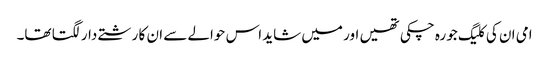
امی ان کی کلیگ جو رہ چکی تھیں اور میں شاید اس حوالے سے ان کا رشتے دار لگتا تھا۔